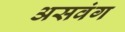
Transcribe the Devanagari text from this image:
असवंग